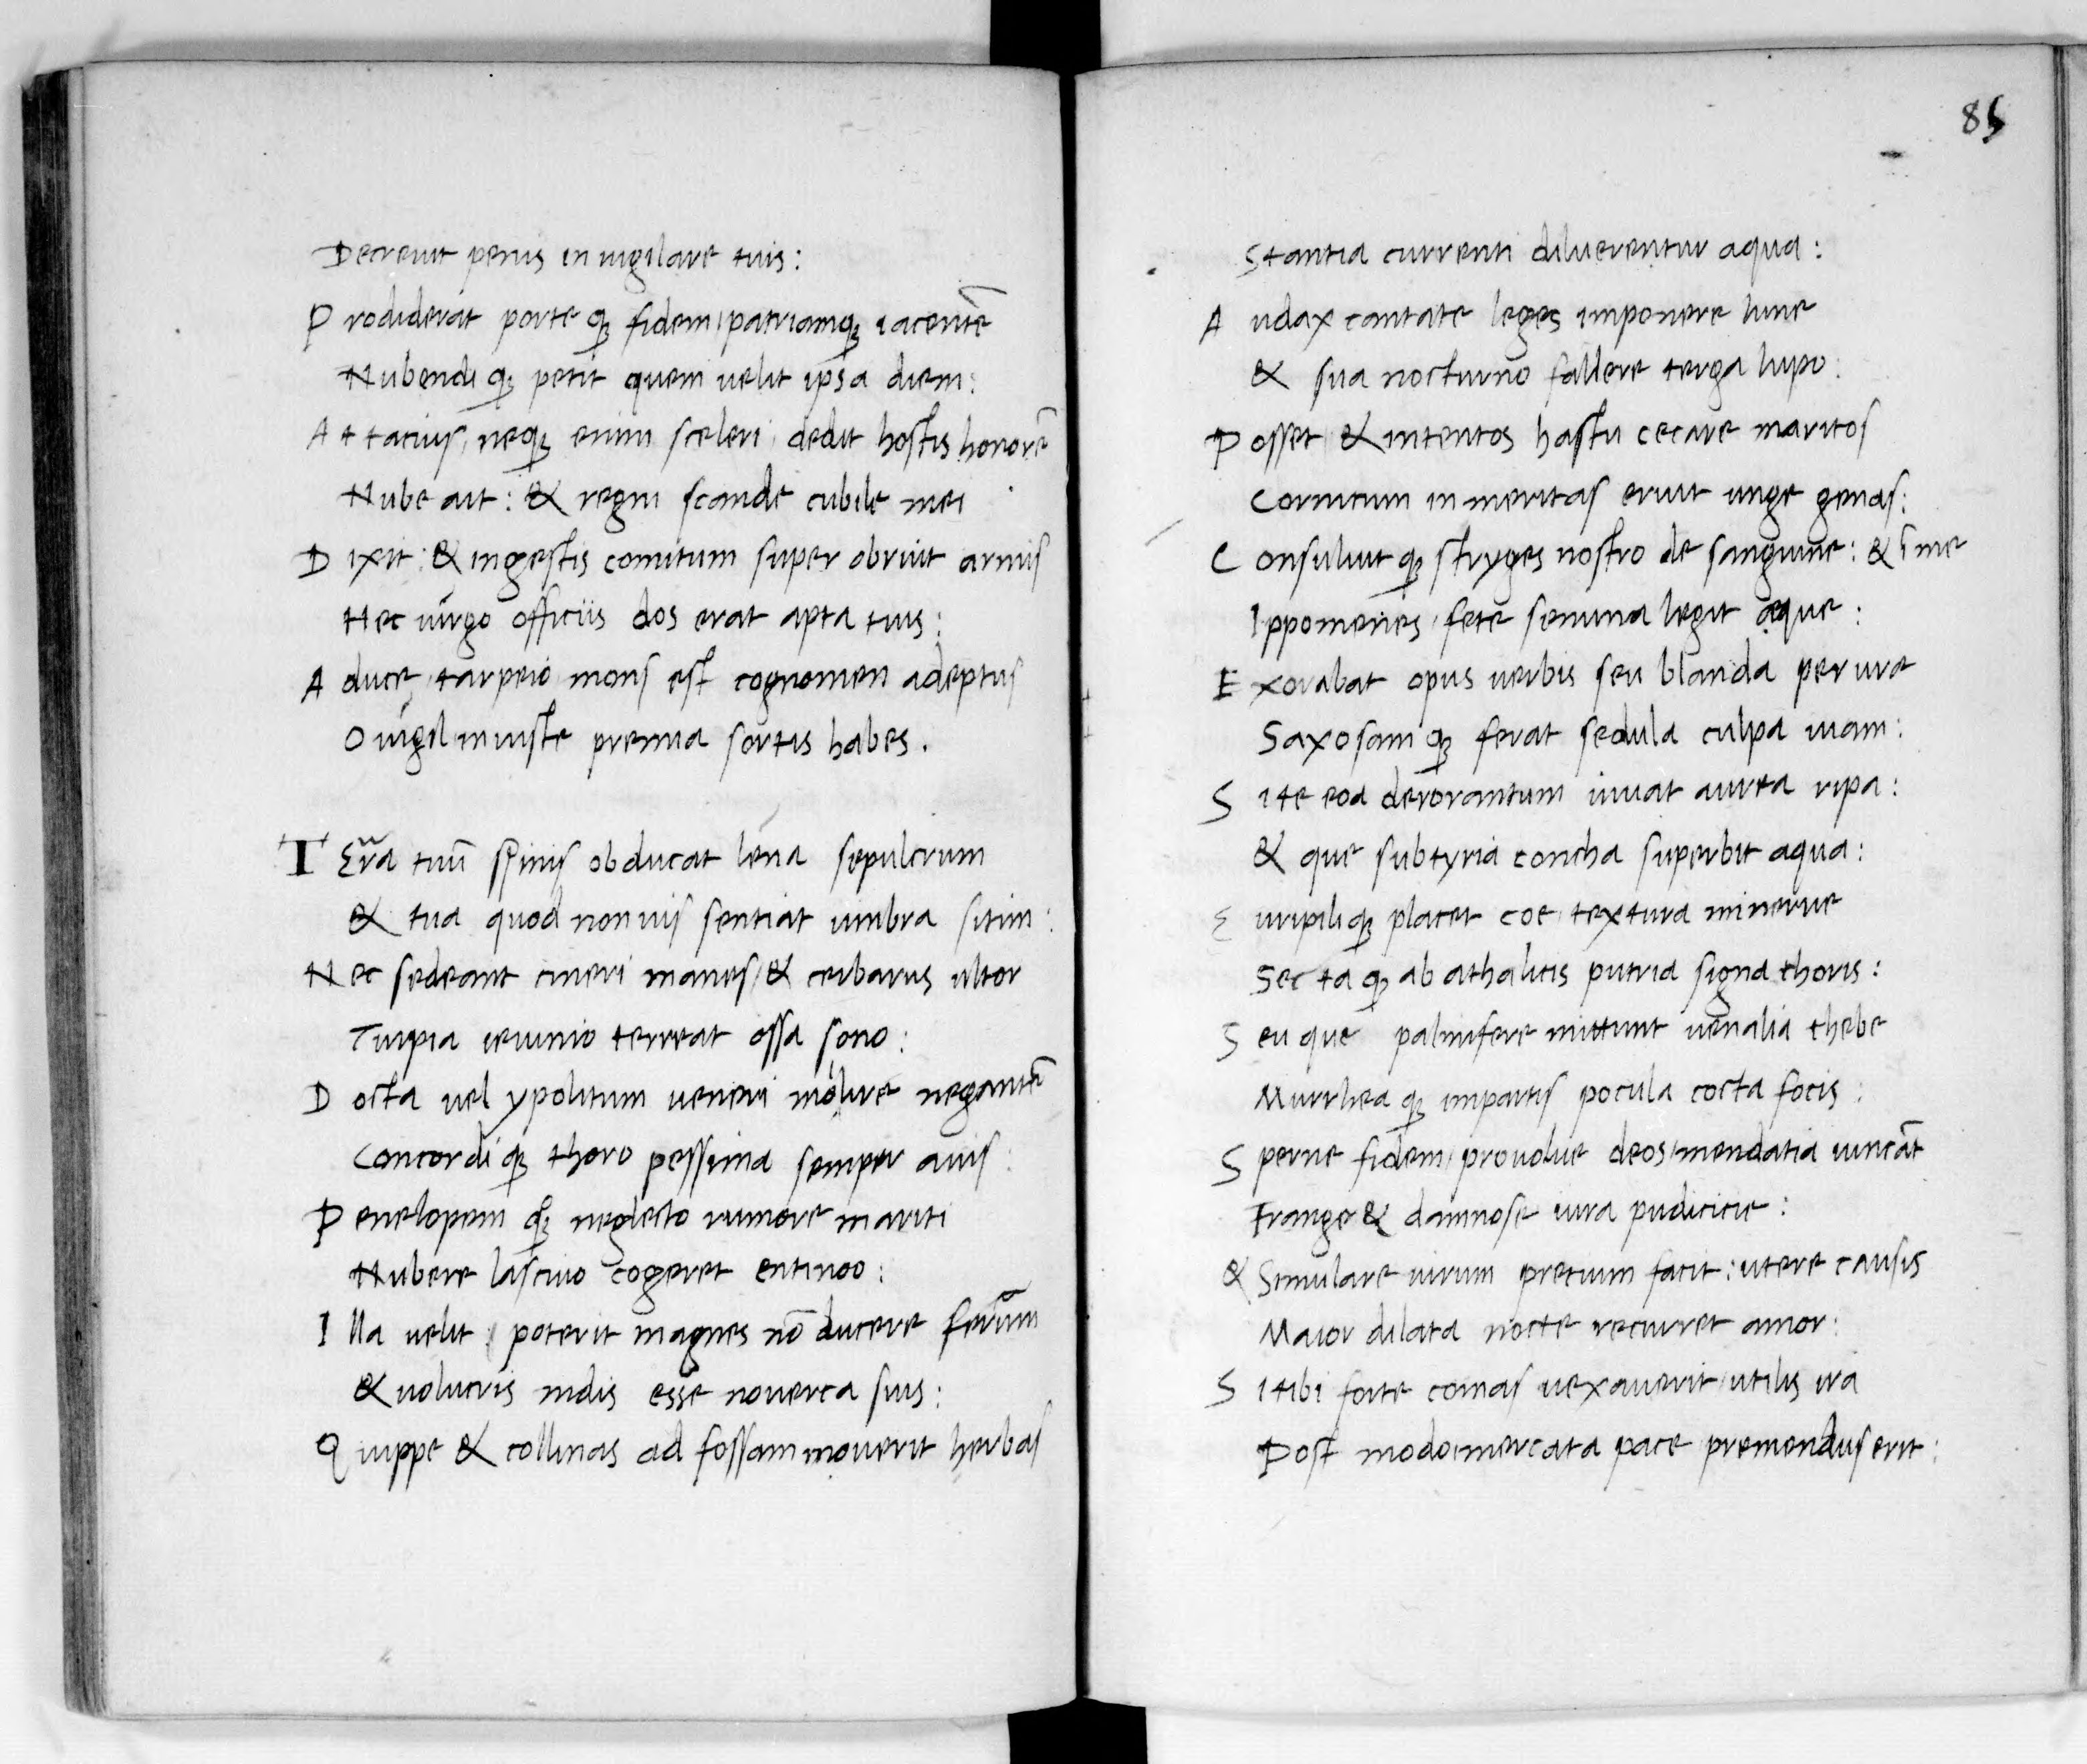
Shelfmark: Paris, BnF, lat. 8236
Century: 15